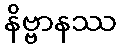
နိဗ္ဗာနဿ